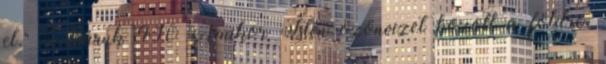
el." 3Báruk 4:10 Amikor Isten özönvizet hozott a földre,